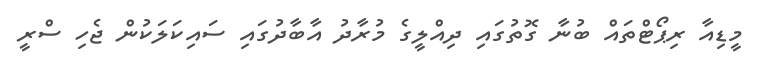
މީޑިއާ ރިޕޯޓްތައް ބުނާ ގޮތުގައި ދިއްލީގެ މުރާދު އާބާދުގައި ސައިކަލަކުން ޖެހި ސްރީ